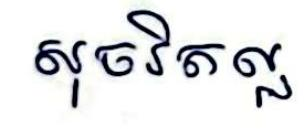
សុចរិតល្អ